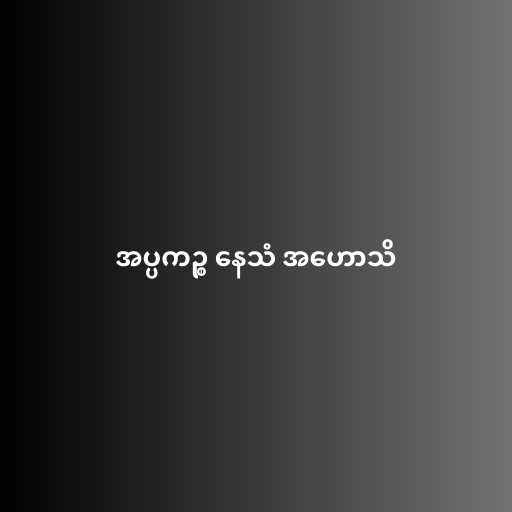
အပ္ပကဉ္စ နေသံ အဟောသိ